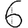
Digit: 6